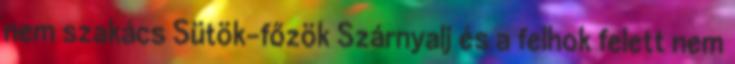
nem szakács Sütök-főzök Szárnyalj és a felhok felett nem